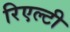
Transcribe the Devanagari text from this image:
रिएल्टी